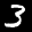
Label: 3